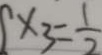
\times 3 = \frac { 1 } { 2 }